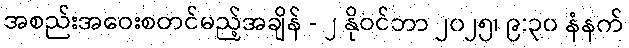
အစည်းအဝေးစတင်မည့်အချိန် - ၂ နိုဝင်ဘာ ၂၀၂၅၊ ၉:၃၀ နံနက်